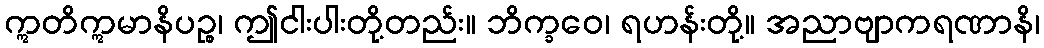
ဣတိဣမာနိပဉ္စ၊ ဤငါးပါးတို့တည်း။ ဘိက္ခဝေ၊ ရဟန်းတို့။ အညာဗျာကရဏာနိ၊